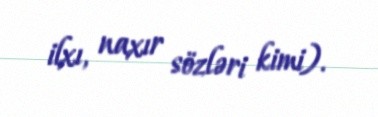
ilxı, naxır sözləri kimi).